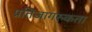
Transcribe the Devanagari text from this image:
प्रतिजागरुकता